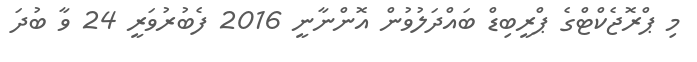
މި ޕްރޮޖެކްޓްގެ ޕްރީބިޑް ބައްދަލުވުން އޮންނާނީ 2016 ފެބުރުވަރީ 24 ވާ ބުދަ